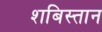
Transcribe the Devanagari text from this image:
शबिस्तान